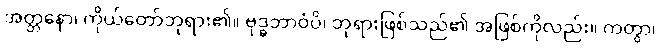
အတ္တနော၊ ကိုယ်တော်ဘုရား၏။ ဗုဒ္ဓဘာဝံပိ၊ ဘုရားဖြစ်သည်၏ အဖြစ်ကိုလည်း။ ကတွာ၊